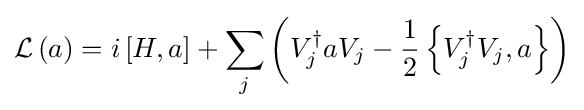
{\mathcal {L}}\left(a\right)=i\left[H,a\right]+\sum _{j}\left(V_{j}^{\dagger }aV_{j}-{\frac {1}{2}}\left\{V_{j}^{\dagger }V_{j},a\right\}\right)